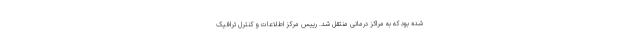
شده بود که به مراکز درمانی منتقل شد. رییس مرکز اطلاعات و کنترل ترافیک